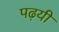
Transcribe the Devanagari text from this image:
पढ़यी